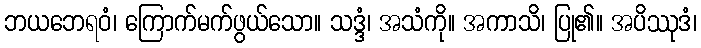
ဘယဘေရဝံ၊ ကြောက်မက်ဖွယ်သော။ သဒ္ဒံ၊ အသံကို။ အကာသိ၊ ပြု၏။ အပိဿုဒံ၊